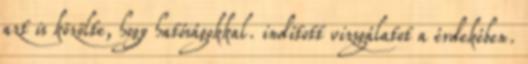
azt is közölte, hogy hatóságokkal. indított vizsgálatot a érdekében.